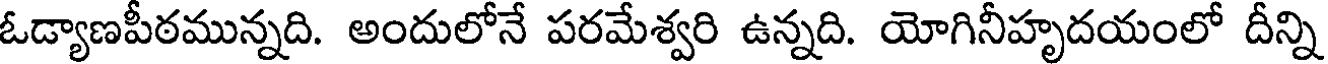
ఓడ్యాణపీఠమున్నది. అందులోనే పరమేశ్వరి ఉన్నది. యోగినీహృదయంలో దీన్ని